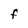
Character: F